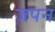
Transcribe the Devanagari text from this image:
जपन